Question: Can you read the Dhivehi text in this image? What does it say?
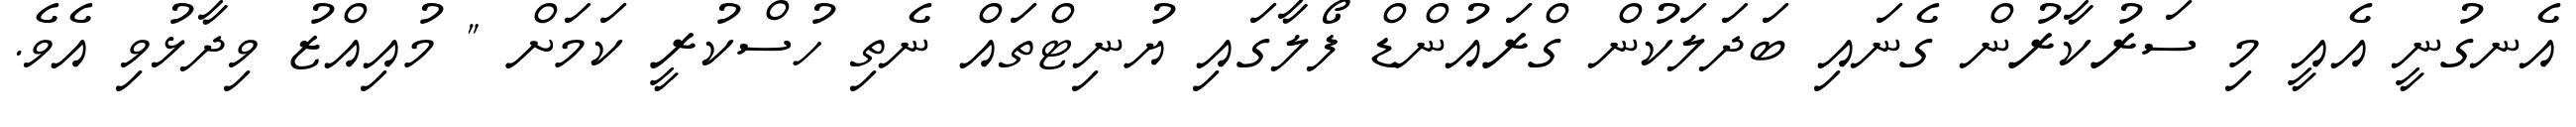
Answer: އެނގުނީ އެއީ މި ސަރުކާރުން ގެނައި ބަދަލަކުން ގްރައުންޑް ފޯލާގައި ޔުނިޓްތައް ނެތި ހުސްކުރީ ކަމަށް " މުއިއްޒު ވިދާޅުވި އެވެ.